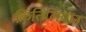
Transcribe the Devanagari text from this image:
किंतिलियान